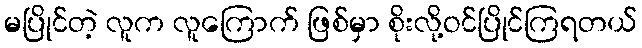
မပြိုင်တဲ့ လူက လူကြောက် ဖြစ်မှာ စိုးလို့ဝင်ပြိုင်ကြရတယ်